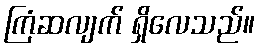
ကြံဆလျက် ရှိလေသည်။